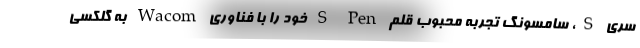
سری S، سامسونگ تجربه محبوب قلم S Pen خود را با فناوری Wacom به گلکسی